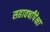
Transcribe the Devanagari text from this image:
सहावर्षांपेक्षा